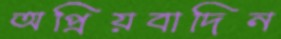
অপ্রিয়বাদিন